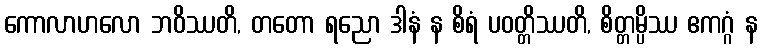
ကောလာဟလော ဘဝိဿတိ, တတော ရညော ဒါနံ န စိရံ ပဝတ္တိဿတိ, စိတ္တမ္ပိဿ ဧကဂ္ဂံ န